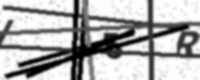
Text: I5R